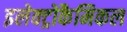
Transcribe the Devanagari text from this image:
इलेक्ट्रोकैमिकल